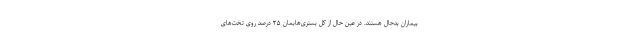
بیماران بدحال هستند. در عین حال از کل بستری‌هایمان ۲۵ درصد روی تخت‌های